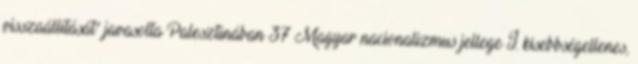
visszaállítását” javasolta Palesztinában 37 Magyar nacionalizmus jellege I. kisebbségellenes,